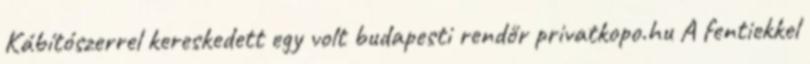
Kábítószerrel kereskedett egy volt budapesti rendőr privatkopo.hu A fentiekkel